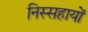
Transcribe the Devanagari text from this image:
निस्सहायों